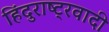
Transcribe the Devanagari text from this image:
हिंदुराष्ट्रवादी